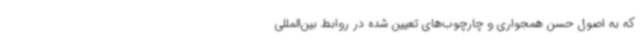
که به اصول حسن همجواری و چارچوب‌های تعیین شده در روابط بین‌المللی